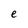
Character: e